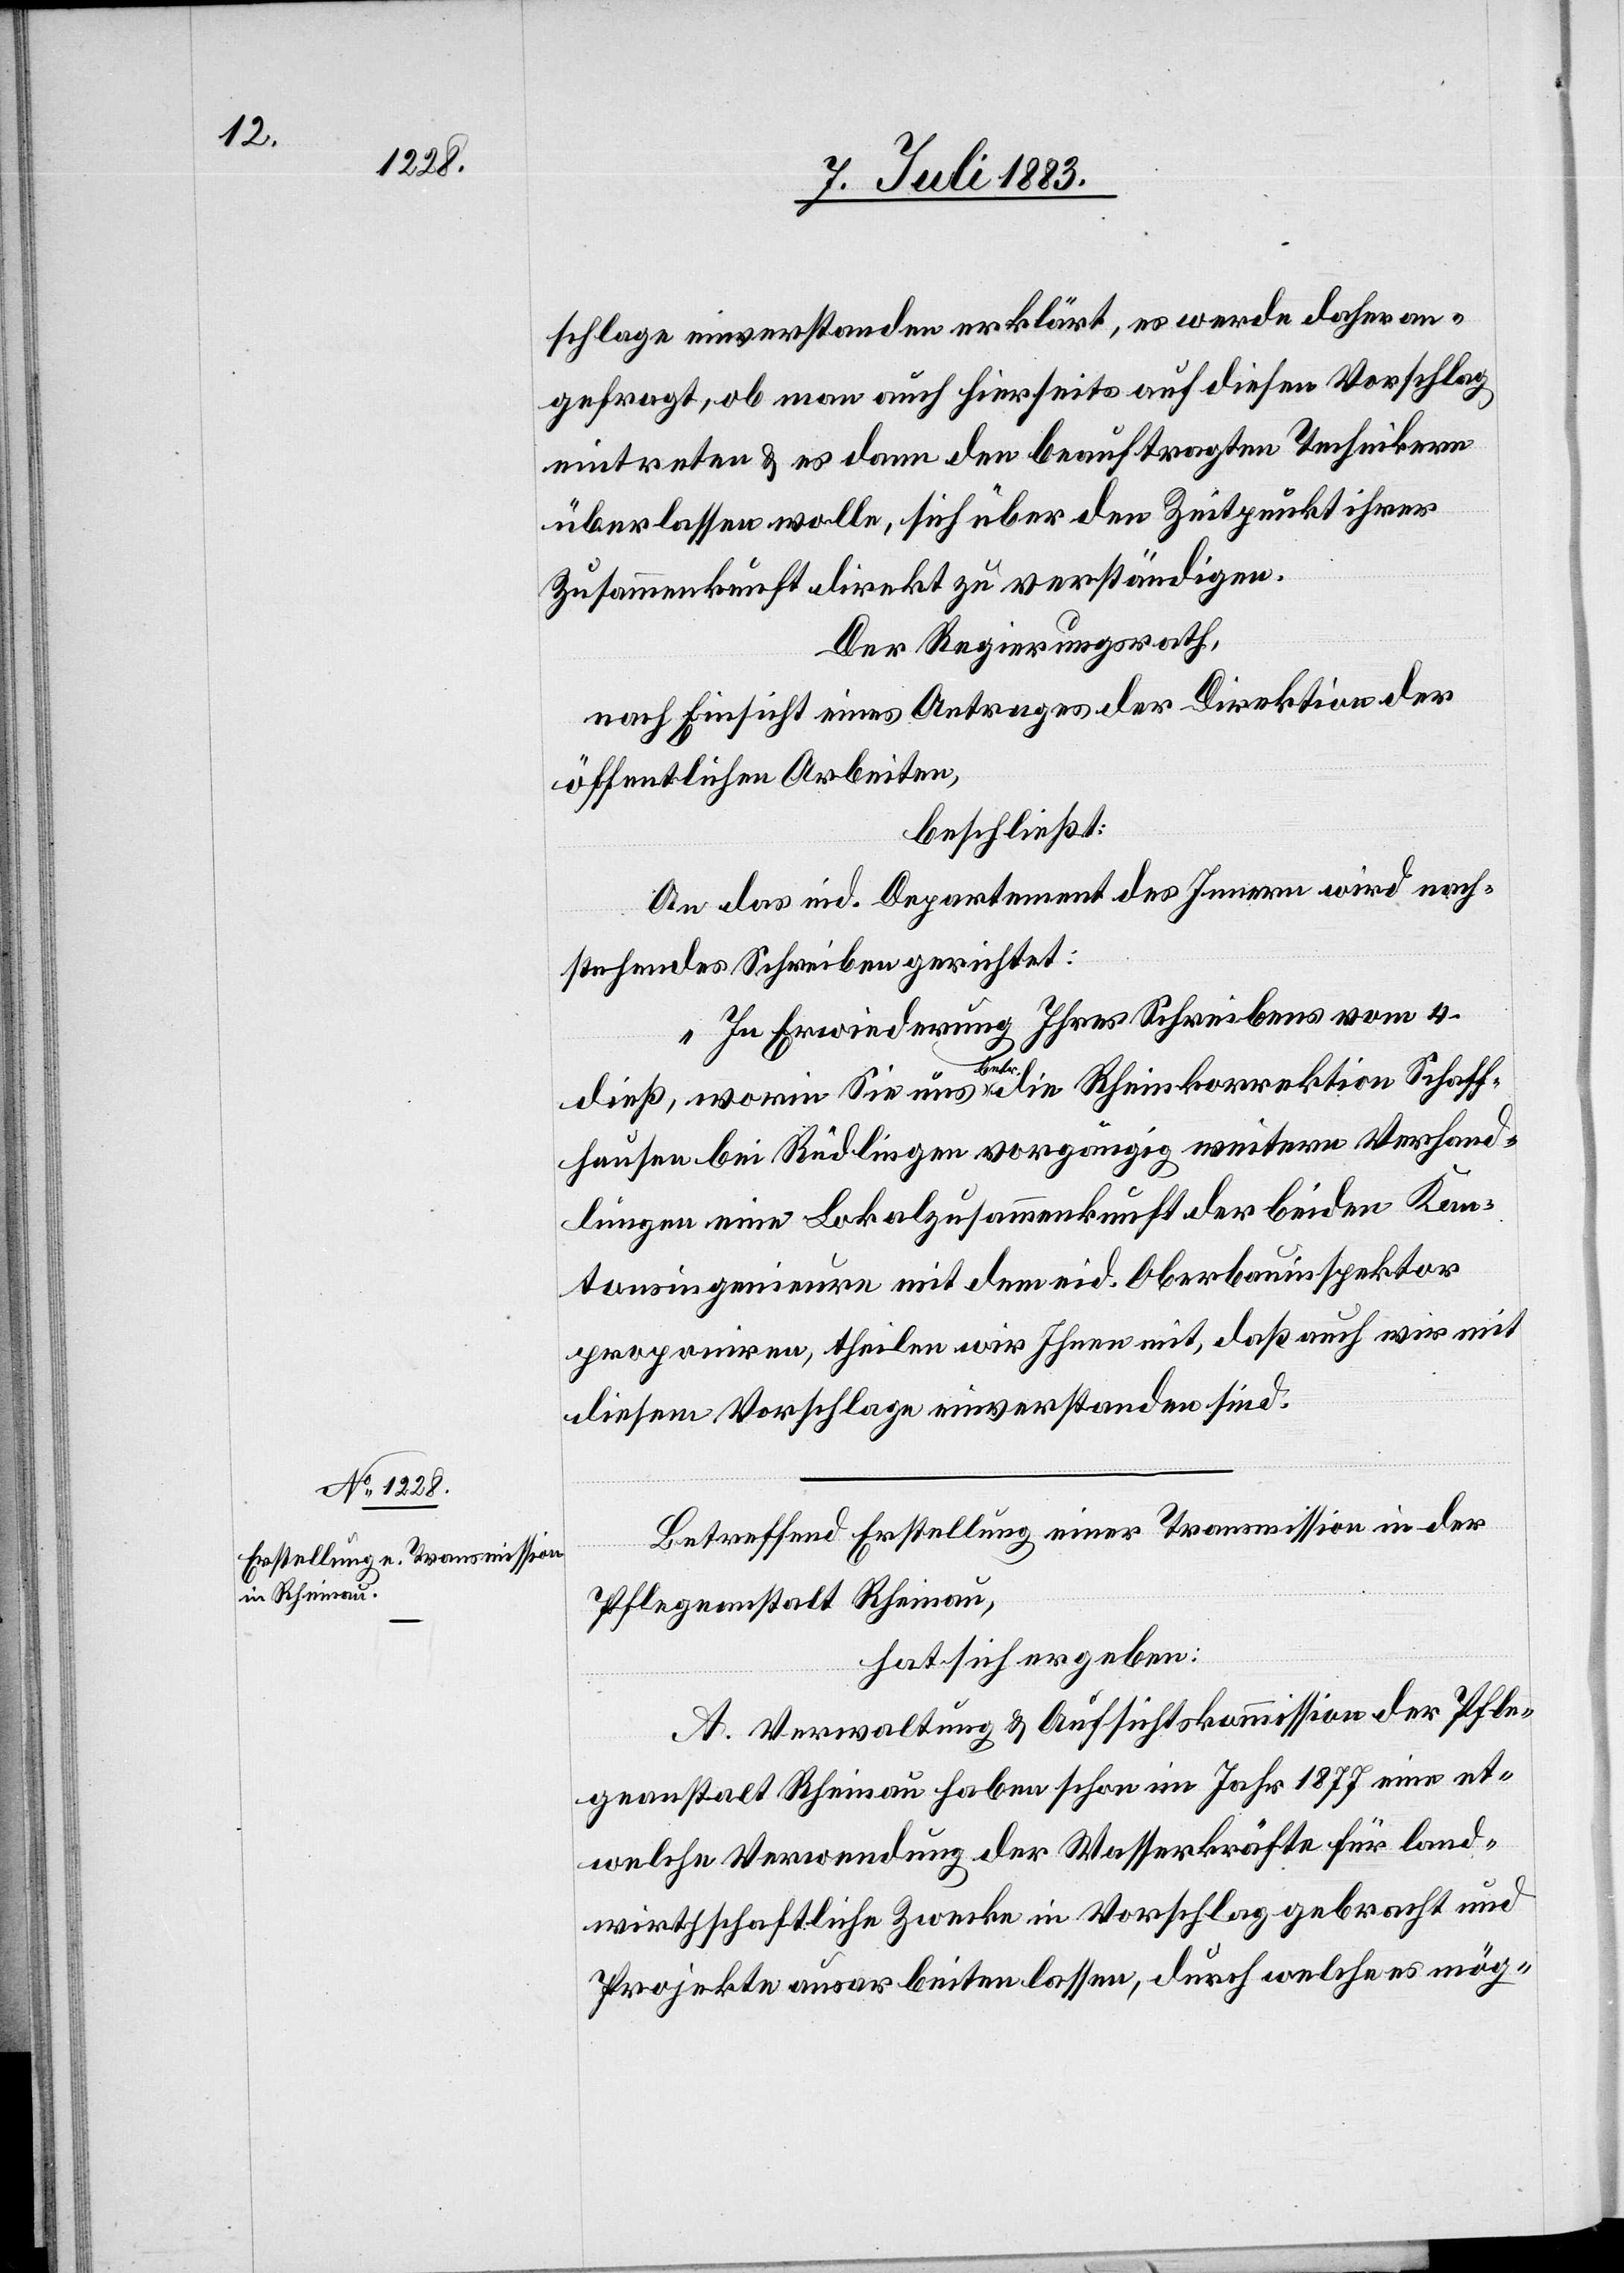
schlage einverstanden erklärt, es werde daher an¬
gefragt, ob man hierseits auf diesen Vorschlag
eintreten & es dann den beauftragten Technikern
überlassen wolle, sich über den Zeitpunkt ihrer
Zusammenkunft direkt zu verständigen.
Der Regierungsrath,
nach Einsicht eines Antrages der Direktion der
öffentlichen Arbeiten,
beschließt:
An das eid. Departement des Innern wird nach¬
stehendes Schreiben gerichtet:
„In Erwiederung Ihres Schreibens vom 4.
dieß, worin Sie uns betr. die Rheinkorrektion Schaff¬
hausen bei Rüdlingen [sic!] vorgängig weitern Verhand¬
lungen eine Lokalzusammenkunft der beiden Kan¬
tonsingenieure mit dem eid. Oberbauinspektor
proponiren, theilen wir Ihnen mit, daß auch wird mit
diesem Vorschlage einverstanden sind.[“]
Betreffend Erstellung einer Transmission in der
Pflegeanstalt Rheinau,
hat sich ergeben:
A. Verwaltung & Aufsichtskommission der Pfle¬
geanstalt Rheinau haben schon im Jahr 1877 eine et¬
welche Verwendung der Wasserkräfte für land¬
wirthschaftliche Zwecke in Vorschlag gebracht und
Projekte ausarbeiten lassen, durch welche es mög-